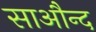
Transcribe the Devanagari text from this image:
साऔन्द